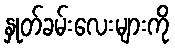
နှုတ်ခမ်းလေးများကို